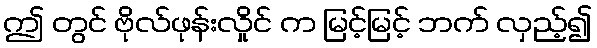
ဤ တွင် ဗိုလ်ဖုန်းလှိုင် က မြင့်မြင့် ဘက် လှည့်၍